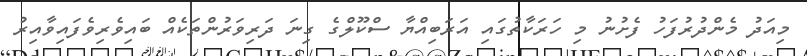
މިއަދު މެންދުރުފަހު ފެށުނު މި ހަރަކާތުގައި އަރަބިއްޔާ ސްކޫލްގެ ގިނަ ދަރިވަރުންތަކެއް ބައިވެރިވެފައިވާއިރު